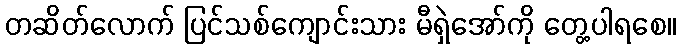
တဆိတ်လောက် ပြင်သစ်ကျောင်းသား မီရှဲအော်ကို တွေ့ပါရစေ။